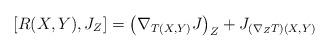
LaTeX: \begin{align*}[R(X,Y), J_Z] = \left(\nabla_{T(X,Y)} J \right)_Z + J_{ (\nabla_Z T) (X,Y)}\end{align*}